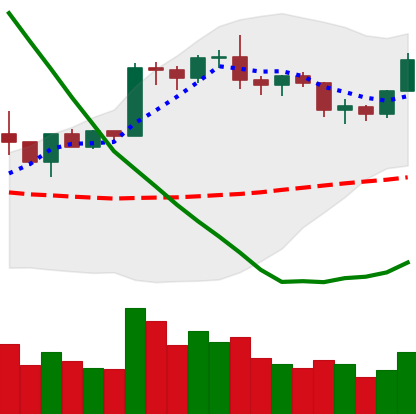
Ticker: BTC-USD
Chart end date: 2020-01-27
Forward return: 5.422%
Label: up_5_7